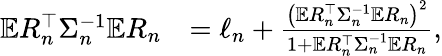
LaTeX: \begin{array}{rl}{\mathbb{E}R_{n}^{\top}\Sigma_{n}^{-1}\mathbb{E}R_{n}}&{=\ell_{n}+\frac{\big(\mathbb{E}R_{n}^{\top}\Sigma_{n}^{-1}\mathbb{E}R_{n}\big)^{2}}{1+\mathbb{E}R_{n}^{\top}\Sigma_{n}^{-1}\mathbb{E}R_{n}},}\end{array}